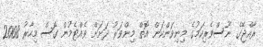
ރާއްޖޭގެ ނޫސްވެރިކަމުގެ މިނިވަންކަން އޮތް މިންވަރު ދަށަށް ވެއްޓެމުން ގޮސް މިހާރު 2008